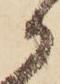
か